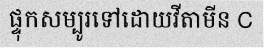
ផ្ទុកសម្បូរទៅដោយវីតាមីន C